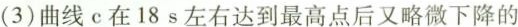
(3)曲线c在18s左右达到最高点后又略微下降的